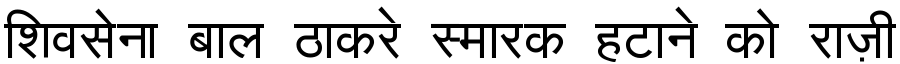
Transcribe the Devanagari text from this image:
शिवसेना बाल ठाकरे स्मारक हटाने को राज़ी